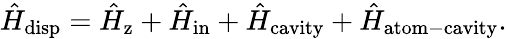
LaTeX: \hat{H}_{\mathrm{disp}}=\hat{H}_{\mathrm{z}}+\hat{H}_{\mathrm{in}}+\hat{H}_{\mathrm{cavity}}+\hat{H}_{\mathrm{atom-cavity}}.